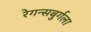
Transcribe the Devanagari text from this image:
रेगन्सबुर्गला